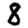
Digit: 8